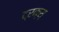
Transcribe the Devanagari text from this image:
ट्रक्स्